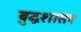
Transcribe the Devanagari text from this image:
बुद्धशासन